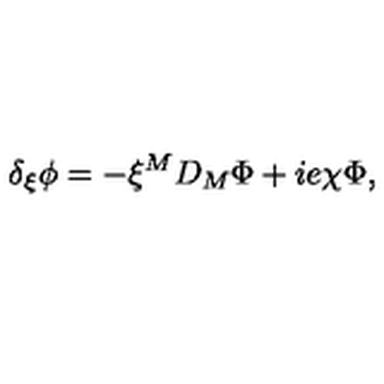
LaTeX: \delta _ { \xi } \phi = - \xi ^ { M } D _ { M } \Phi + i e \chi \Phi ,